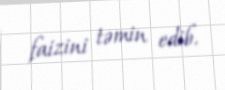
faizini təmin edib.